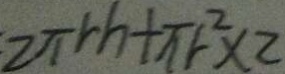
2 \pi r h + \pi r ^ { 2 } \times 2